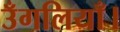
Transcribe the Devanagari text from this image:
उँगलियाँ।